Report on vaccination in the Province of Bengal - 1869-1873
Year: 1869
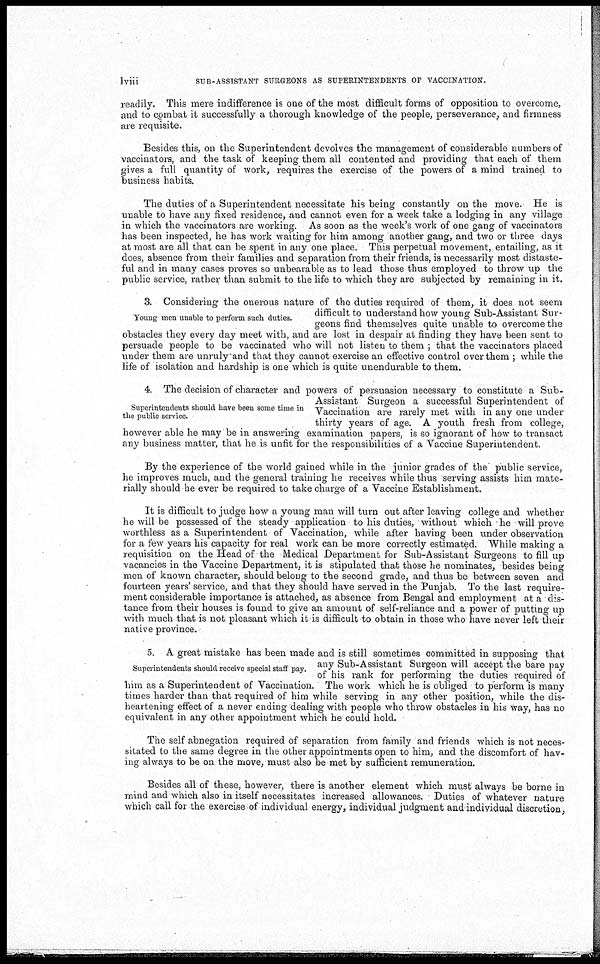
lviii
SUB-ASSISTANT SURGEONS AS SUPERINTENDENTS OF VACCINATION.
readily. This mere indifference is one of the most difficult forms of opposition to overcome,
and to combat it successfully a thorough knowledge of the people, perseverance, and firmness
are requisite.
Besides this, on the Superintendent devolves the management of considerable numbers of
vaccinators, and the task of keeping them all contented and providing that each of them
gives a full quantity of work, requires the exercise of the powers of a mind trained to
business habits.
The duties of a Superintendent necessitate his being constantly on the move. He is
unable to have any fixed residence, and cannot even for a week take a lodging in any village
in which the vaccinators are working. As soon as the week's work of one gang of vaccinators
has been inspected, he has work waiting for him among another gang, and two or three days
at most are all that can be spent in any one place. This perpetual movement, entailing, as it
does, absence from their families and separation from their friends, is necessarily most distaste-
ful and in many cases proves so unbearable as to lead those thus employed to throw up the
public service, rather than submit to the life to which they are subjected by remaining in it.
Young men unable to perform such duties.
3. Considering the onerous nature of the duties required of them, it does not seem
difficult to understand how young Sub-Assistant Sur-
geons find themselves quite unable to overcome the
obstacles they every day meet with, and are lost in despair at finding they have been sent to
persuade people to be vaccinated who will not listen to them ; that the vaccinators placed
under them are unruly and that they cannot exercise an effective control over them ; while the
life of isolation and hardship is one which is quite unendurable to them.
Superintendents should have been some time in
the public service.
4. The decision of character and powers of persuasion necessary to constitute a Sub-
Assistant Surgeon a successful Superintendent of
Vaccination are rarely met with in any one under
thirty years of age. A youth fresh from college,
however able he may be in answering examination papers, is so ignorant of how to transact
any business matter, that he is unfit for the responsibilities of a Vaccine Superintendent.
By the experience of the world gained while in the junior grades of the public service,
he improves much, and the general training he receives while thus serving assists him mate-
rially should he ever be required to take charge of a Vaccine Establishment.
It is difficult to judge how a young man will turn out after leaving college and whether
he will be possessed of the steady application to his duties, without which he will prove
worthless as a Superintendent of Vaccination, while after having been under observation
for a few years his capacity for real work can be more correctly estimated. While making a
requisition on the Head of the Medical Department for Sub-Assistant Surgeons to fill up
vacancies in the Vaccine Department, it is stipulated that those he nominates, besides being
men of known character, should belong to the second grade, and thus be between seven and
fourteen years' service, and that they should have served in the Punjab. To the last require-
ment considerable importance is attached, as absence from Bengal and employment at a dis-
tance from their houses is found to give an amount of self-reliance and a power of putting up
with much that is not pleasant which it is difficult to obtain in those who have never left their
native province.
Superintendents should receive special staff pay.
5. A great mistake has been made and is still sometimes committed in supposing that
any Sub-Assistant Surgeon will accept the bare pay
of his rank for performing the duties required of
him as a Superintendent of Vaccination. The work which he is obliged to perform is many
times harder than that required of him while serving in any other position, while the dis-
heartening effect of a never ending dealing with people who throw obstacles in his way, has no
equivalent in any other appointment which he could hold.
The self abnegation required of separation from family and friends which is not neces-
sitated to the same degree in the other appointments open to him, and the discomfort of hav-
ing always to be on the move, must also be met by sufficient remuneration.
Besides all of these, however, there is another element which must always be borne in
mind and which also in itself necessitates increased allowances. Duties of whatever nature
which call for the exercise of individual energy, individual judgment and individual discretion,